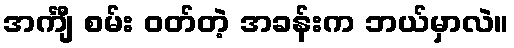
အင်္ကျီ စမ်း ဝတ်တဲ့ အခန်းက ဘယ်မှာလဲ။